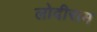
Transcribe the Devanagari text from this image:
लोदीराम